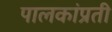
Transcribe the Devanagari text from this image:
पालकांप्रती